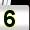
Digit: 5